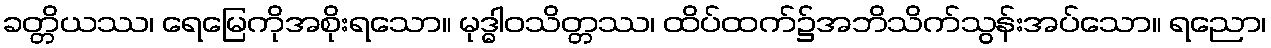
ခတ္တိယဿ၊ ရေမြေကိုအစိုးရသော။ မုဒ္ဓါဝသိတ္တဿ၊ ထိပ်ထက်၌အဘိသိက်သွန်းအပ်သော။ ရညော၊